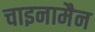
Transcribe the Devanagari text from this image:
चाइनामैन